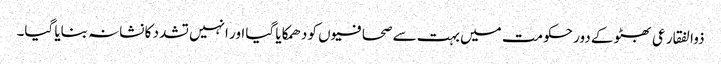
ذوالفقار عی بھٹو کے دور حکومت میں بہت سے صحافیو ں کو دھمکایا گیا اور انہیں تشدد کا نشانہ بنایا گیا۔